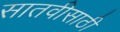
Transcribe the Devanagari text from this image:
सातवीसाठी